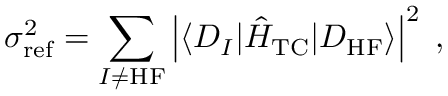
\sigma _ { \mathrm { r e f } } ^ { 2 } = \sum _ { I \ne \mathrm { H F } } \left| \langle D _ { I } | \hat { H } _ { \mathrm { T C } } | D _ { \mathrm { H F } } \rangle \right| ^ { 2 } \; ,